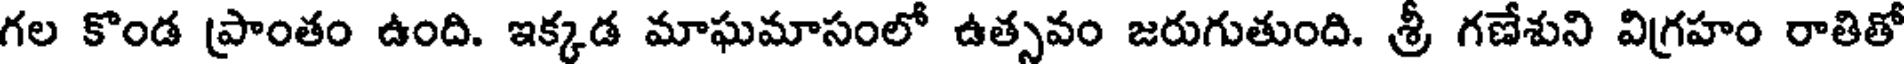
గల కొండ ప్రాంతం ఉంది. ఇక్కడ మాఘమాసంలో ఉత్సవం జరుగుతుంది. శ్రీ గణేశుని విగ్రహం రాతితో